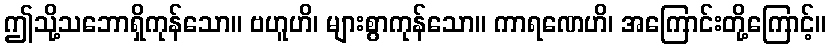
ဤသို့သဘောရှိကုန်သော။ ဗဟူဟိ၊ များစွာကုန်သော။ ကာရဏေဟိ၊ အကြောင်းတို့ကြောင့်။